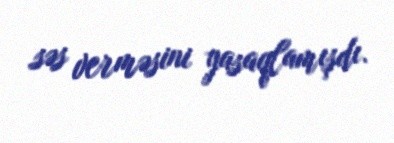
səs verməsini yasaqlamışdı.